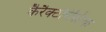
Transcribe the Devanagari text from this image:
कैरैक्टरिस्टिक